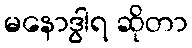
မနောဒွါရ ဆိုတာ